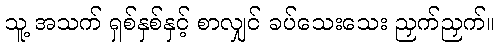
သူ့ အသက် ရှစ်နှစ်နှင့် စာလျှင် ခပ်သေးသေး ညှက်ညှက်။